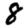
Digit: 8